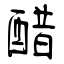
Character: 醋